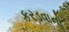
કરડવાનો